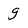
Character: g